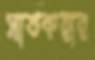
সাতকরার